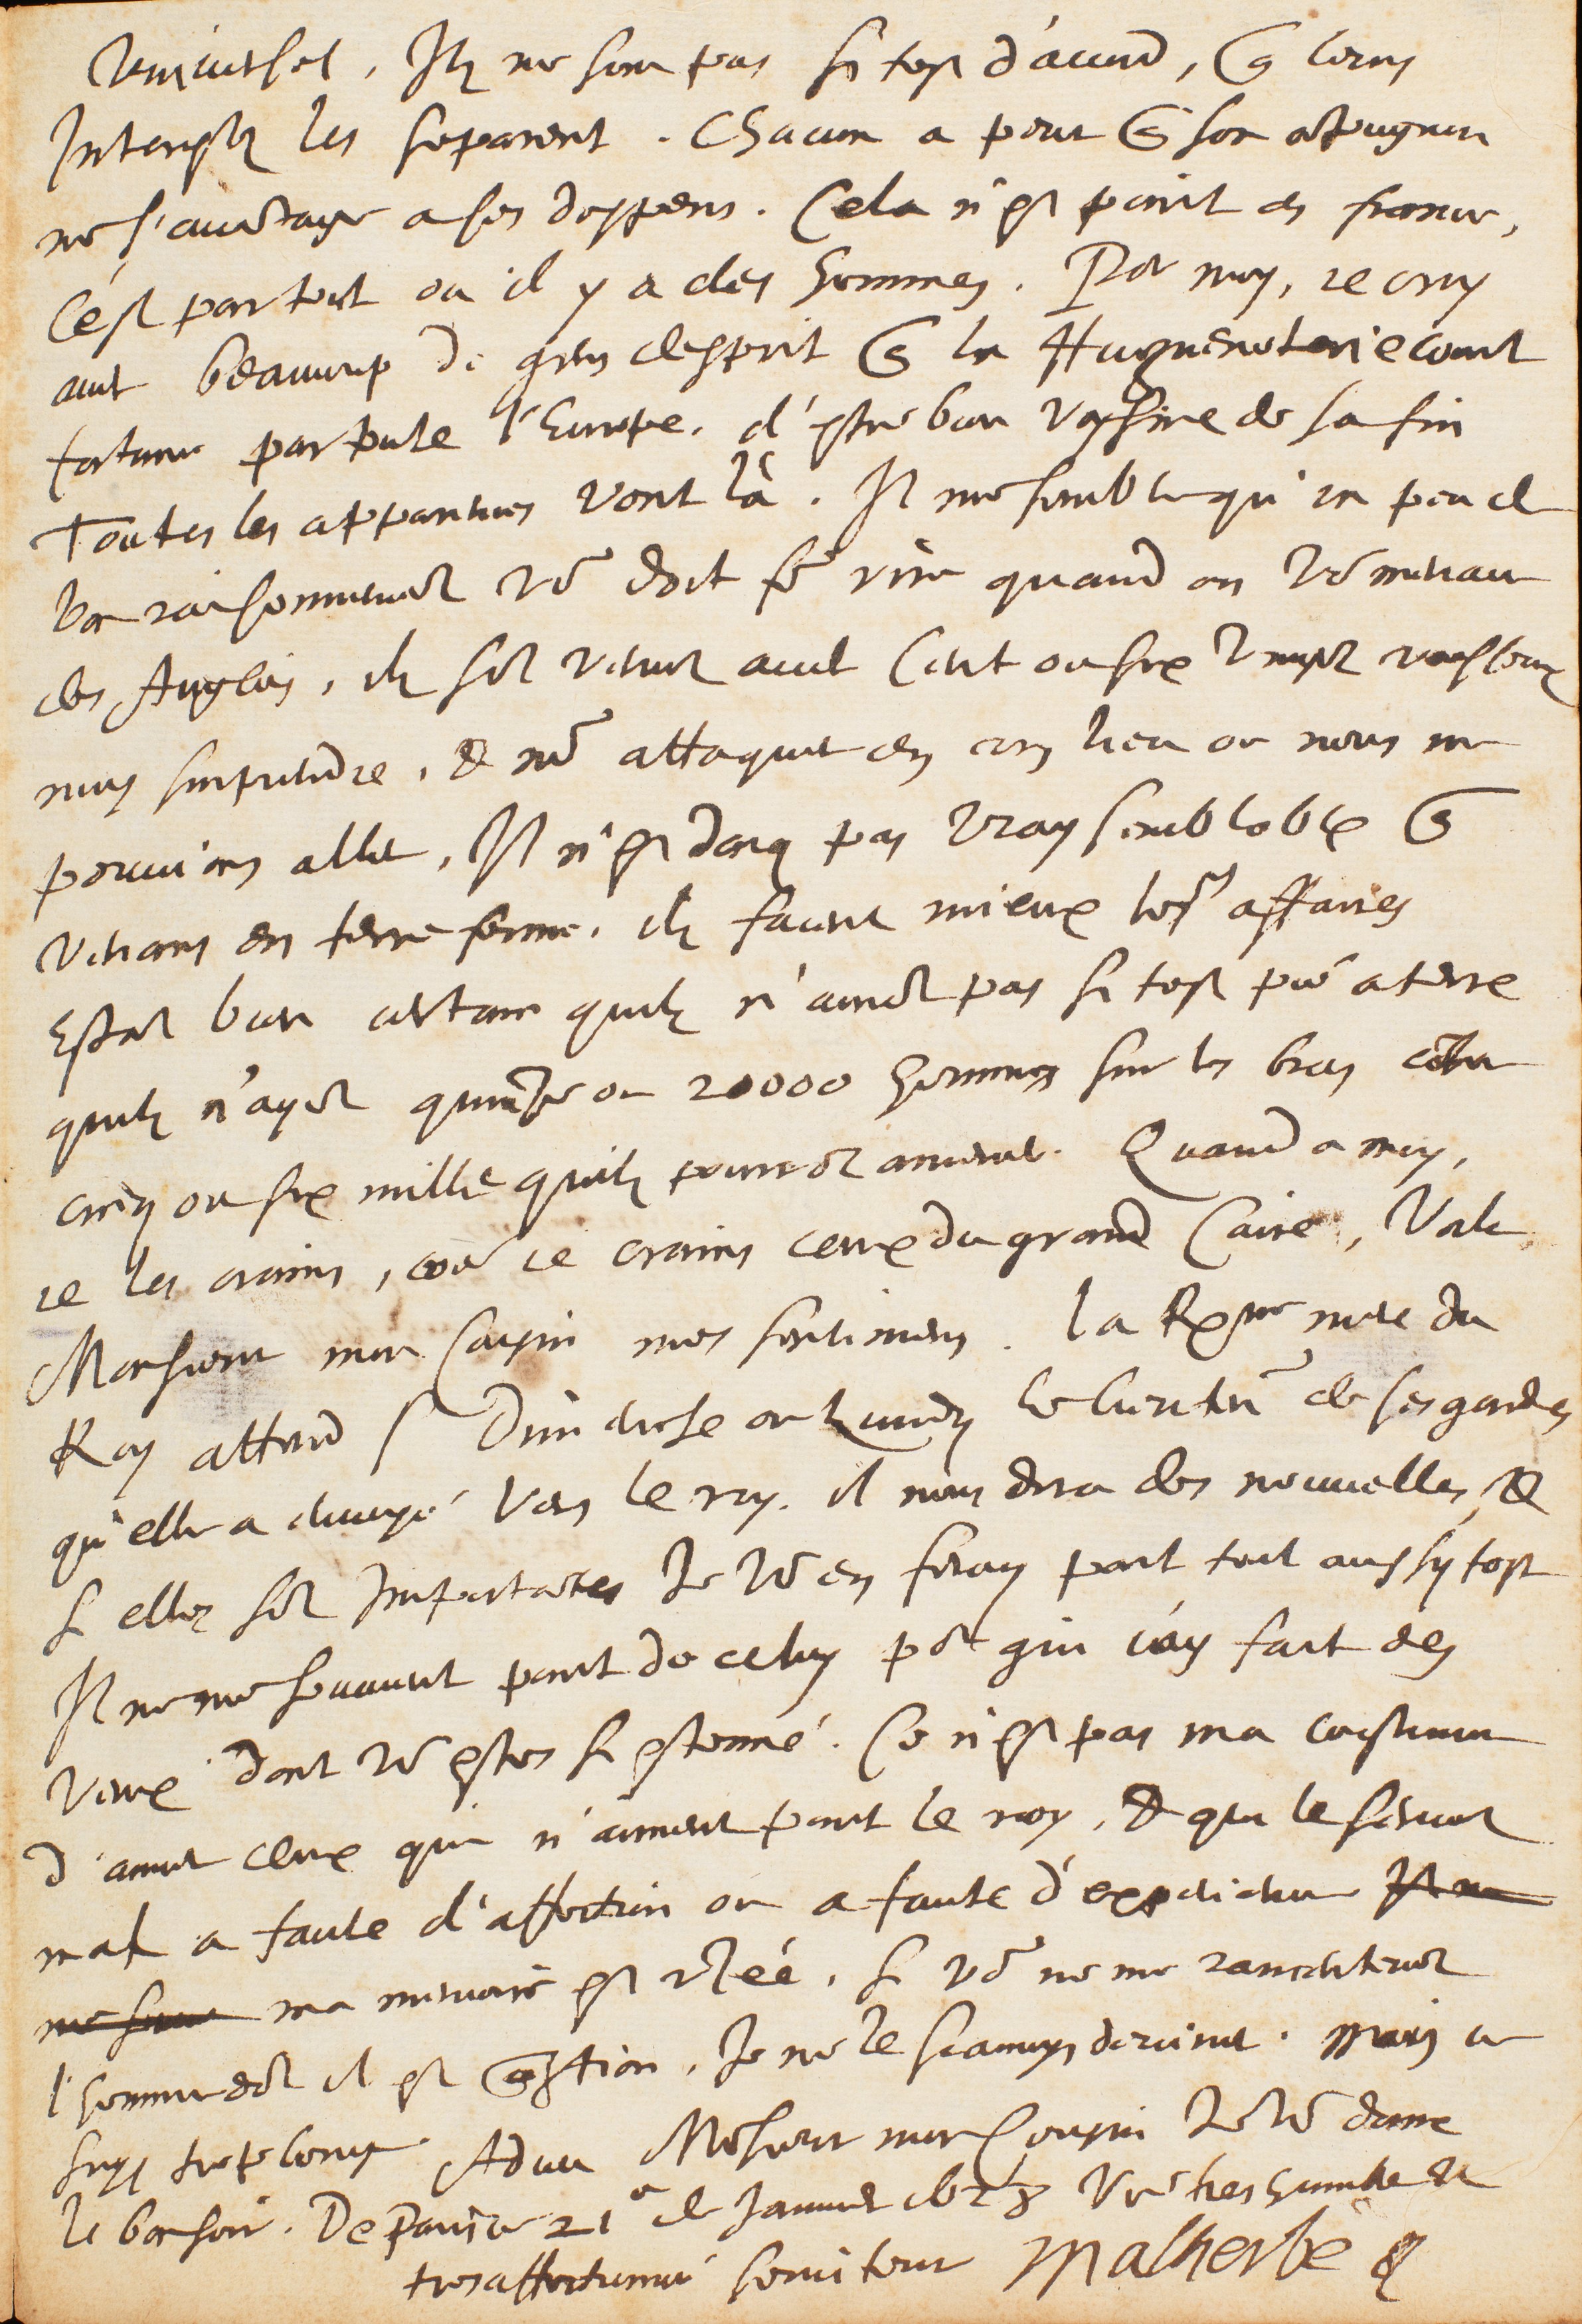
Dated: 1628–1628